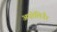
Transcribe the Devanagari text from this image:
अपोलिनैर